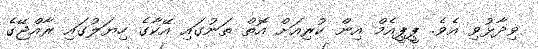
ވިދާޅުވި އެވެ. ޕީޕީއެމް އިން ކުރިއަށް އޮތް ތަނުގައި އޭކާގެ ހިޔަލުގައި ރާއްޖޭގެ